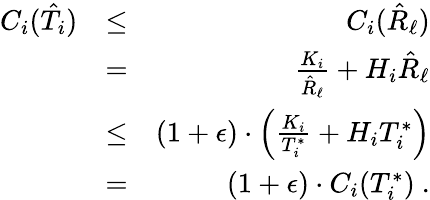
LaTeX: \begin{array}{rlr}{C_{i}(\hat{T}_{i})}&{\leq}&{C_{i}(\hat{R}_{\ell})}\\ &{=}&{\frac{K_{i}}{\hat{R}_{\ell}}+H_{i}\hat{R}_{\ell}}\\ &{\leq}&{(1+\epsilon)\cdot\left(\frac{K_{i}}{T_{i}^{*}}+H_{i}T_{i}^{*}\right)}\\ &{=}&{(1+\epsilon)\cdot C_{i}(T_{i}^{*})\ .}\end{array}